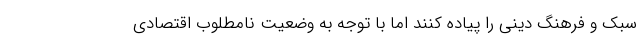
سبک و فرهنگ دینی را پیاده کنند اما با توجه به وضعیت نامطلوب اقتصادی